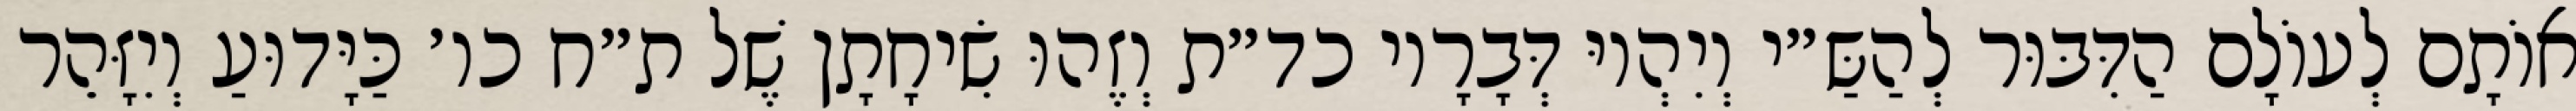
אוֹתָם לְעוֹלָם הַדִּבּוּר לְהַשַּ״י וְיִהְיוּ דְּבָרָיו כד״ת וְזֶהוּ שִׂיחָתָן שֶׁל ת״ח כו׳ כַּיָּדוּעַ וְיִזָּהֵר